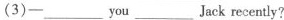
(3)-___ you ___ Jack recently?